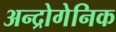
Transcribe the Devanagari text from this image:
अन्द्रोगेनिक